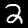
Digit: 2